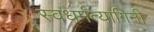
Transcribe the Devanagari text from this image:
स्वधर्मत्यागिनी